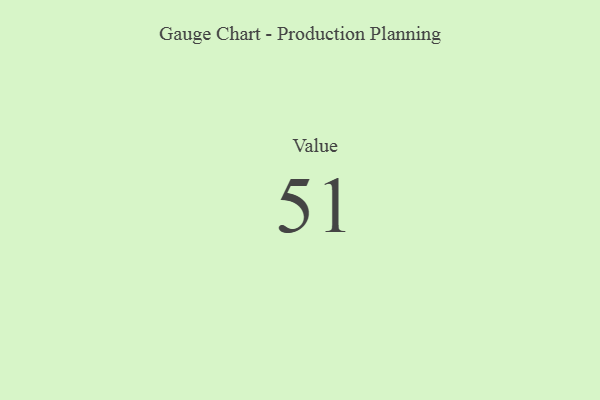
{"axis": {"x": "Metric", "y": "Value"}, "legend": [""], "data": [{"x": "Value", "y": 51, "type": ""}]}